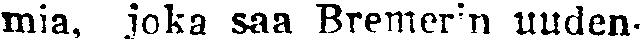
mia, joka saa Bremerin uuden-